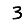
Digit: 3